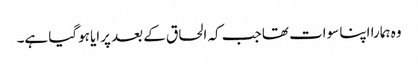
وہ ہمارا اپنا سوات تھا جب کہ الحاق کے بعد پرایا ہوگیا ہے۔